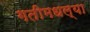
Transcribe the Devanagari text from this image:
गतीमधल्या